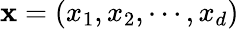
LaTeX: \mathbf x=(x_{1},x_{2},\cdots,x_{d})